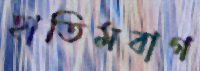
হাতিমবাগ